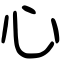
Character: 心